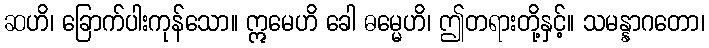
ဆဟိ၊ ခြောက်ပါးကုန်သော။ ဣမေဟိ ခေါ ဓမ္မေဟိ၊ ဤတရားတို့နှင့်။ သမန္နာဂတော၊